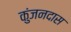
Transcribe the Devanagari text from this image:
कुंजनदास